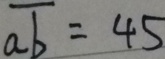
\overline { a b } = 4 5